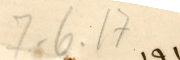
7-6-17